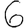
Digit: 6